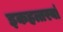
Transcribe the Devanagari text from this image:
इकहत्तरवां